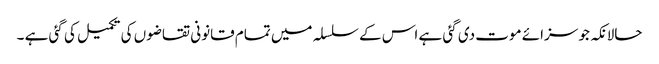
حالانکہ جو سزائے موت دی گئی ہے اس کے سلسلہ میں تمام قانونی تقاضوں کی تکمیل کی گئی ہے ۔